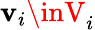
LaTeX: \mathbf{v}_{i}\inV_{i}